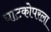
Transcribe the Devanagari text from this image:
घाटकोपरला